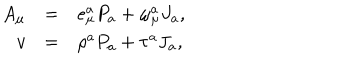
\begin{array} { r c l } { { A _ { \mu } } } & { { = } } & { { e _ { \mu } ^ { a } P _ { a } + \omega _ { \mu } ^ { a } J _ { a } , } } \\ { { v } } & { { = } } & { { \rho ^ { a } P _ { a } + \tau ^ { a } J _ { a } , } } \\ \end{array}